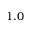
1 . 0